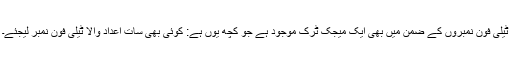
ٹیلی فون نمبروں کے ضمن میں بھی ایک میجک ٹرک موجود ہے جو کچھ یوں ہے: کوئی بھی سات اعداد والا ٹیلی فون نمبر لیجئے۔